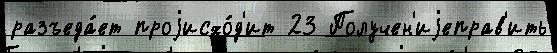
разъеда́ет проjисхо́д'ит 23 Получен'иjеправ'ить